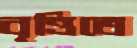
বৃত্তিতে